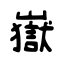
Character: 嶽